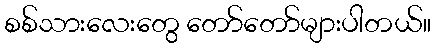
စစ်သားလေးတွေ တော်တော်များပါတယ်။